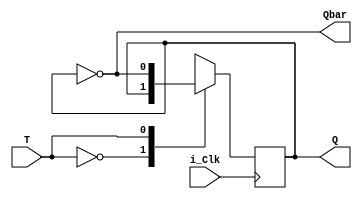
//TFlipFlop differs from the DFlipFlop in that it just toggles depedning on the T value 

module TFlipFlop
(input i_Clk,
input T, 
output Q,
output Qbar);

reg r_Q=0;

always @(posedge i_Clk)
begin 
	case (T)
	
	1'b0 : r_Q <= r_Q;
	1'b1 : r_Q <= ~r_Q;
	
	endcase 



end 

assign Q = r_Q;
assign Qbar = ~r_Q;

endmodule